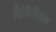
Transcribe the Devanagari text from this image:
सिंसिशिअल